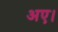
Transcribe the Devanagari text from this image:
अए।